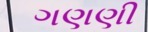
ગણણી